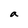
Character: a